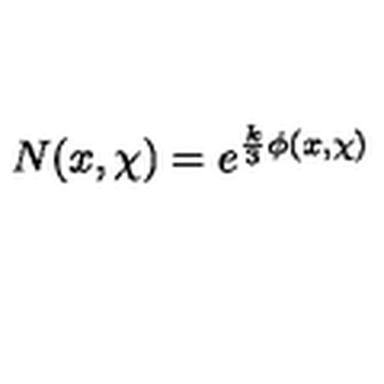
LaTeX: N ( x , \chi ) = e ^ { { \frac { k } { 3 } } \phi ( x , \chi ) }